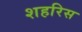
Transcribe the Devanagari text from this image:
शहरिस